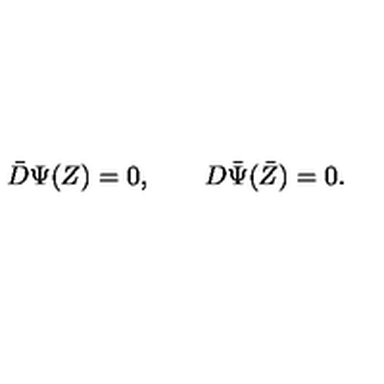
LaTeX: \bar { D } \Psi ( Z ) = 0 , \qquad D \bar { \Psi } ( \bar { Z } ) = 0 .